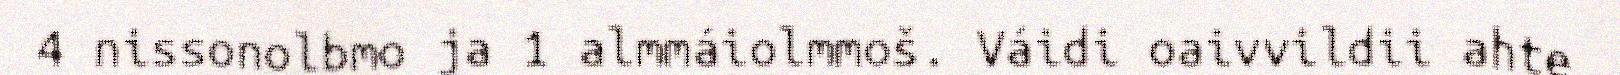
4 nissonolbmo ja 1 almmáiolmmoš. Váidi oaivvildii ahte